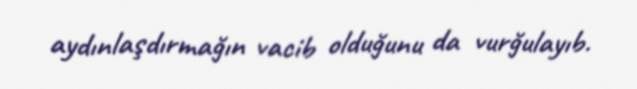
aydınlaşdırmağın vacib olduğunu da vurğulayıb.